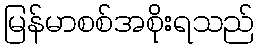
မြန်မာစစ်အစိုးရသည်